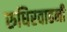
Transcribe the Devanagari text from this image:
रुधिरवाहनी